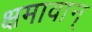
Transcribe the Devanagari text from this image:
क्षमावान्